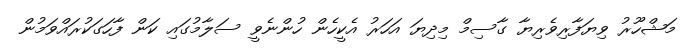
މަޝްހޫރު ވިޔަފާރިވެރިޔާ ގާސިމް މިދިޔަ އަހަރު އެކީހެން ހުންނެވީ ސަލާމުގައި ކަަން ފާހަގަކުރައްވަމުން